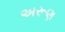
અરૂણ